Source: Handwritten
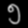
Digit: ၅ (5)